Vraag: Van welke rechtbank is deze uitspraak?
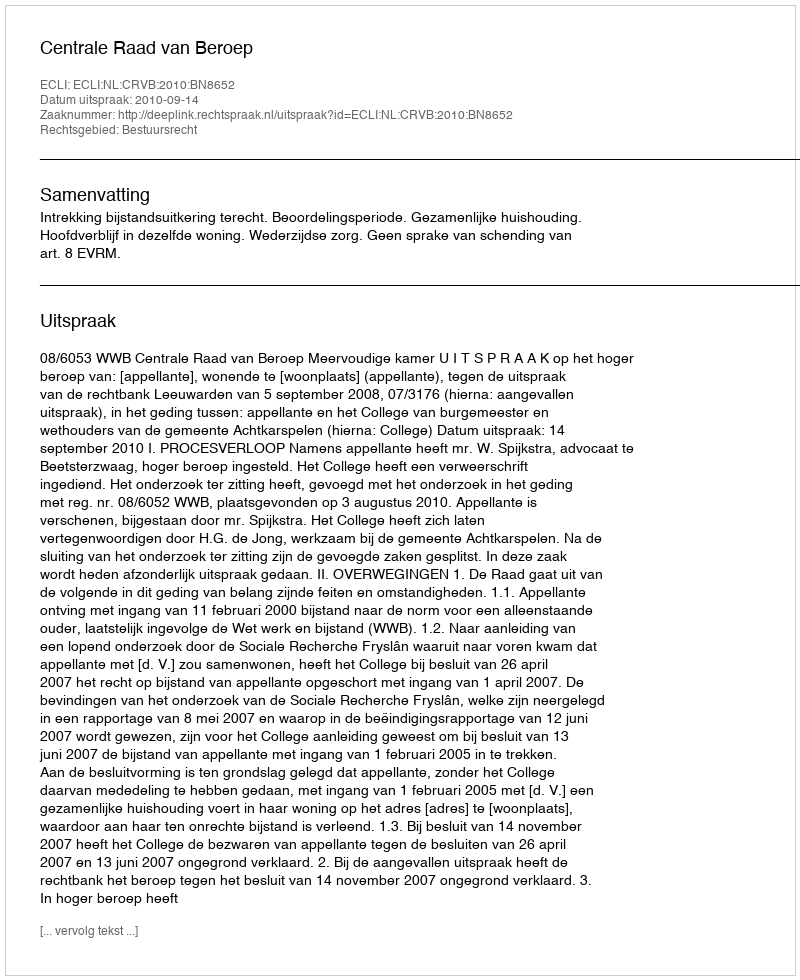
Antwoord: Centrale Raad van Beroep